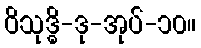
ဝိသုဒ္ဓိ-ဒု-အုပ်-၁၀။